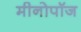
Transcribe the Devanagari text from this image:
मीनोपॉज